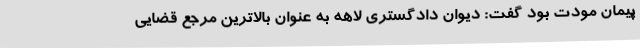
پیمان مودت بود گفت: دیوان دادگستری لاهه به عنوان بالاترین مرجع قضایی